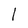
Character: 1